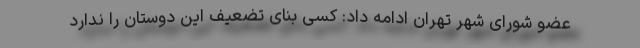
عضو شوراى شهر تهران ادامه داد: کسی بنای تضعیف این دوستان را ندارد